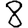
Digit: 8